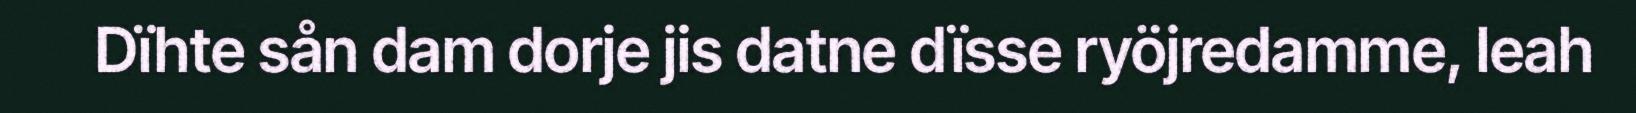
Dïhte sån dam dorje jis datne dïsse ryöjredamme, leah